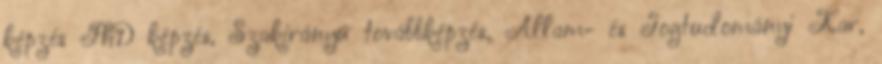
képzés PhD képzés, Szakirányú továbbképzés, Állam- és Jogtudományi Kar,